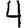
Digit: 4